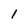
Character: l